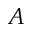
A